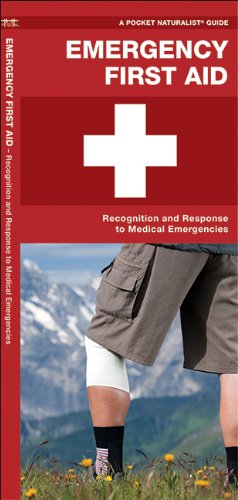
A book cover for Emergency First Aid: Recognition and Response to Medical Emergencies (Pocket Tutor Series); James Kavanagh; Science & Math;